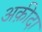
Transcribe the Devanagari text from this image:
अक़ीदा